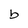
Character: b